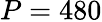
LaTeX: P=480